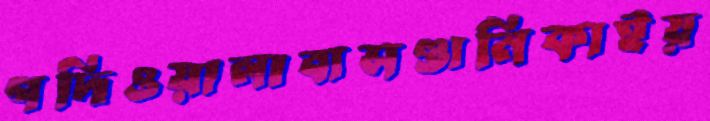
গদিওয়ালাবাসণ্ডানিকাইয়